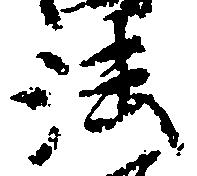
法